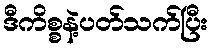
ဒီကိစ္စနဲ့ပတ်သက်ပြီး